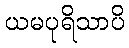
ယမပုရိသာပိ